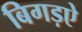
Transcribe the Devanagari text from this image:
बिगड़ऐ